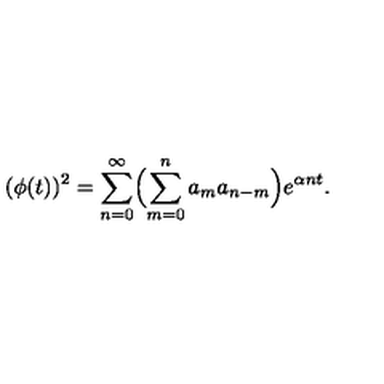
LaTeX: ( \phi ( t ) ) ^ { 2 } = \sum _ { n = 0 } ^ { \infty } \Bigl ( \sum _ { m = 0 } ^ { n } a _ { m } a _ { n - m } \Bigr ) e ^ { \alpha n t } .